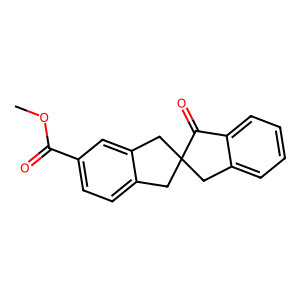
SMILES: COC(=O)c1ccc2c(c1)CC1(C2)Cc2ccccc2C1=O
Inhibits HIV replication: No